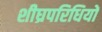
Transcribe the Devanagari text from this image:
शीघ्रपरिधियों